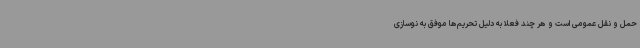
حمل و نقل عمومی است و هر چند فعلا به دلیل تحریم‌ها موفق به نوسازی